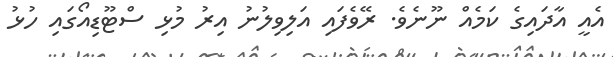
އެއީ އާދައިގެ ކަމެއް ނޫނެވެ. ރޭވެފައި އަލިވިލުނު އިރު މުޅި ސްޓޫޑިއޯގައި ހުޅު